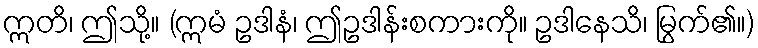
ဣတိ၊ ဤသို့။ (ဣမံ ဥဒါနံ၊ ဤဥဒါန်းစကားကို။ ဥဒါနေသိ၊ မြွက်၏။)